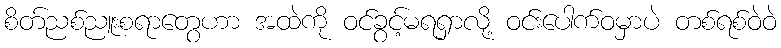
စိတ်ညစ်ညူးစရာတွေဟာ အထဲကို ဝင်ခွင့်မရရှာလို့ ဝင်းပေါက်ဝမှာပဲ တစ်ရစ်ဝဲဝဲ